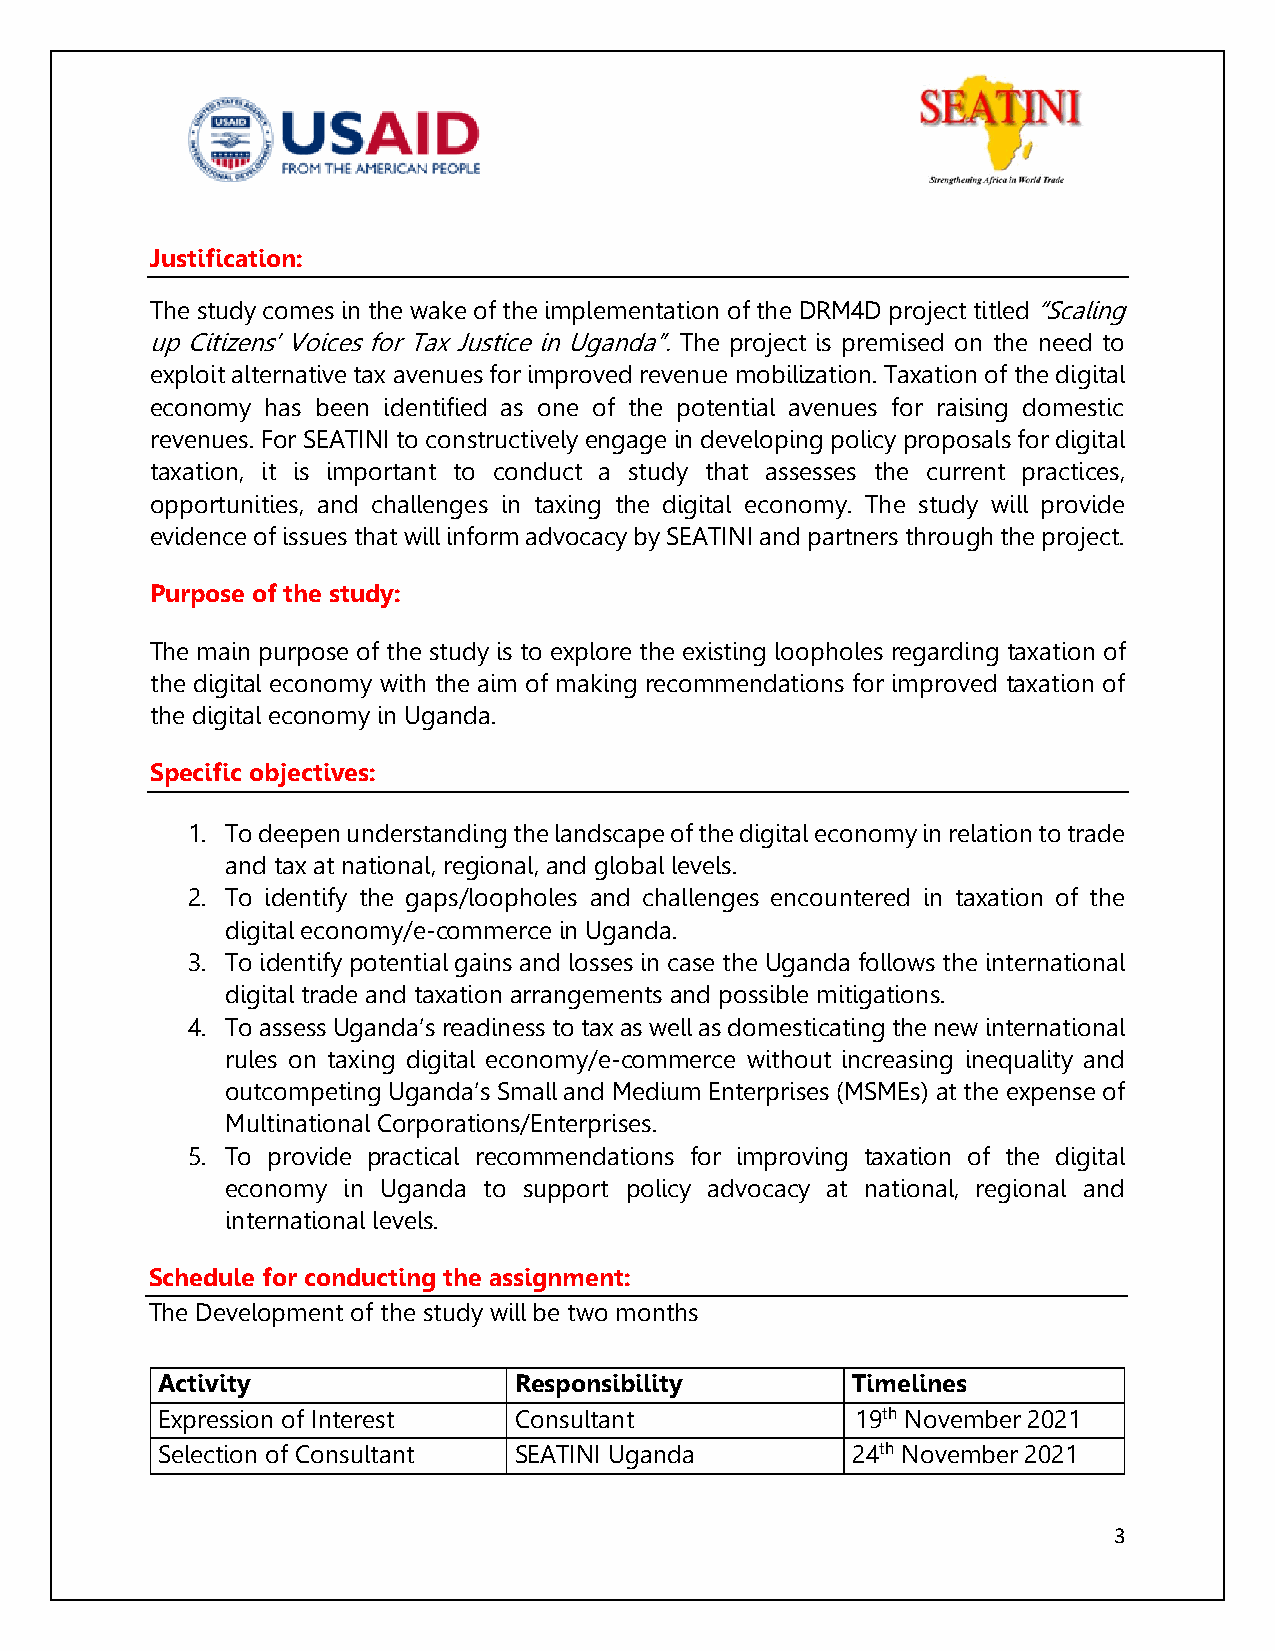
Justification:
 The study comes in the wake of the implementation of the DRM4D project titled “Scaling
 up Citizens’ Voices for Tax Justice in Uganda”. The project is premised on the need to
 exploit alternative tax avenues for improved revenue mobilization. Taxation of the digital
 economy has been identified as one of the potential avenues for raising domestic
 revenues. For SEATINI to constructively engage in developing policy proposals for digital
 taxation, it is important to conduct a study that assesses the current practices,
 opportunities, and challenges in taxing the digital economy. The study will provide
 evidence of issues that will inform advocacy by SEATINI and partners through the project.
 Purpose of the study:
 The main purpose of the study is to explore the existing loopholes regarding taxation of
 the digital economy with the aim of making recommendations for improved taxation of
 the digital economy in Uganda.
 Specific objectives:
 1. To deepen understanding the landscape of the digital economy in relation to trade
 and tax at national, regional, and global levels.
 2. To identify the gaps/loopholes and challenges encountered in taxation of the
 digital economy/e-commerce in Uganda.
 3. To identify potential gains and losses in case the Uganda follows the international
 digital trade and taxation arrangements and possible mitigations.
 4. To assess Uganda’s readiness to tax as well as domesticating the new international
 rules on taxing digital economy/e-commerce without increasing inequality and
 outcompeting Uganda’s Small and Medium Enterprises (MSMEs) at the expense of
 Multinational Corporations/Enterprises.
 5. To provide practical recommendations for improving taxation of the digital
 economy in Uganda to support policy advocacy at national, regional and
 international levels.
 Schedule for conducting the assignment:
 The Development of the study will be two months
 Activity                Responsibility        Timelines
 Expression of Interest  Consultant             19th November 2021
 Selection of Consultant SEATINI Uganda        24th November 2021
 3